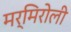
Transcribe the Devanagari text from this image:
मर्मिरोली